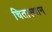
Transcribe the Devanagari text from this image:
चितास्थान